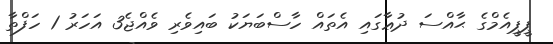
ޕީޕީއެމްގެ ޙާއްސަ ދުޢާގައި އެތައް ހާސްބަޔަކު ބައިވެރި ވެއްޖެ3 އަހަރު 1 ހަފްތާ